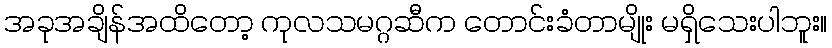
အခုအချိန်အထိတော့ ကုလသမဂ္ဂဆီက တောင်းခံတာမျိုး မရှိသေးပါဘူး။